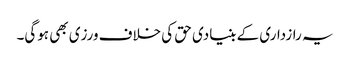
یہ رازداری کے بنیادی حق کی خلاف ورزی بھی ہوگی۔